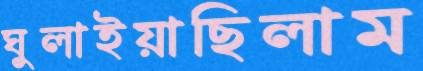
ঘুলাইয়াছিলাম